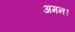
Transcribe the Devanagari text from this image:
अमन।